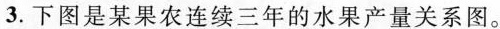
3.下图是某果农连续三年的水果产量关系图。